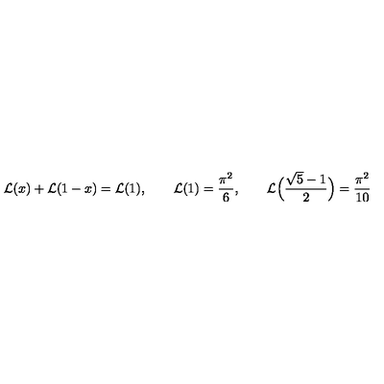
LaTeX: { \cal L } ( x ) + { \cal L } ( 1 - x ) = { \cal L } ( 1 ) , \qquad { \cal L } ( 1 ) = { \frac { \pi ^ { 2 } } { 6 } } , \qquad { \cal L } \Big ( { \frac { \sqrt { 5 } - 1 } { 2 } } \Big ) = { \frac { \pi ^ { 2 } } { 1 0 } }